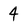
Character: 4